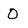
Character: O